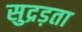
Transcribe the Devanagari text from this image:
सुद्रड़ता